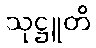
သုဋ္ဌူတိ